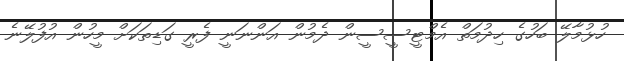
ހުޅުމާލޭ ބަހުގެ ހިދުމަތް އެމްޓީސީސީން ދެމުން އަންނަނީ ފެރީ ގަޑިތަކަށް މީހުން އުފުލޭނެ